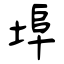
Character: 埠